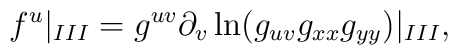
f^{u}|_{III}=g^{uv}\partial _{v}\ln (g_{uv}g_{xx}g_{yy})|_{III},{}~~~